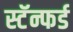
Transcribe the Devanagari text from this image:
स्टॅन्फर्ड